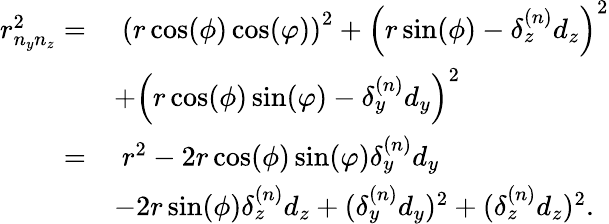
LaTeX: \begin{array}{rl}{r_{n_{y}n_{z}}^{2}=}&{\; \left(r\cos(\phi)\cos(\varphi)\right)^{2}+\left(r\sin(\phi)-\delta_{z}^{(n)}d_{z}\right)^{2}}\\ &{+\left(r\cos(\phi)\sin(\varphi)-\delta_{y}^{(n)}d_{y}\right)^{2}}\\ {=}&{\; r^{2}-2r\cos(\phi)\sin(\varphi)\delta_{y}^{(n)}d_{y}}\\ &{-2r\sin(\phi)\delta_{z}^{(n)}d_{z}+(\delta_{y}^{(n)}d_{y})^{2}+(\delta_{z}^{(n)}d_{z})^{2}.}\end{array}